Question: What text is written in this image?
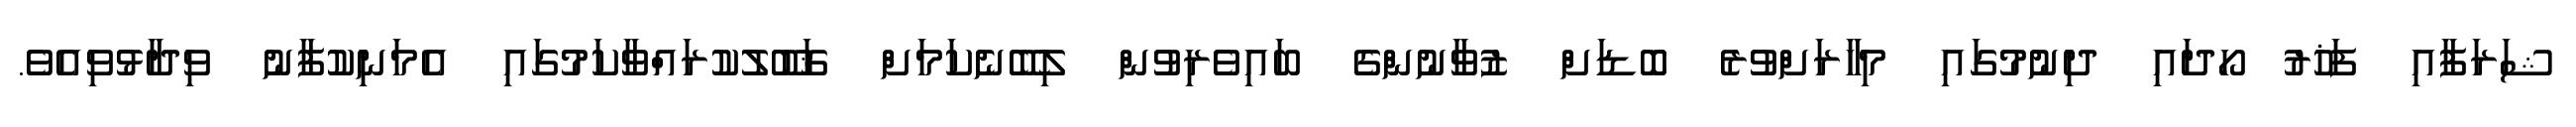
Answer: ޝަރަފާއި ފަޚުރު ހޯދައި ދިނުމުގައި މިހާރަށްވުރެ ބޮޑަށް ޒުވާނުންގެ ބައިވެރިވުން ލިބޭނެކަމަށް ޤަބޫލުކުރައްވާކަމުގައި އެމަނިކުފާނު ވިދާޅުވިއެވެ.